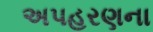
અપહરણના